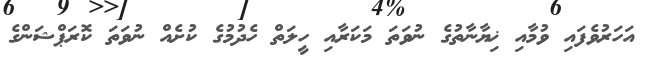
އަހަރުވެފައި ވުމާއި ޚިޔާނާތުގެ ނުވަތަ މަކަރާއި ހީލަތް ހެދުމުގެ ކުށެއް ނުވަތަ ކޮރަޕްޝަންގެ